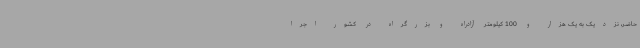
حاضر، نزدیک به یک هزار و 100 کیلومتر آزادراه و بزرگراه در کشور اجرا